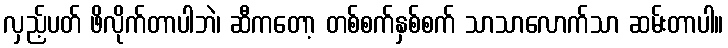
လှည့်ပတ် ဖိလိုက်တာပါဘဲ၊ ဆီကတော့ တစ်စက်နှစ်စက် သာသာလောက်သာ ဆမ်းတာပါ။